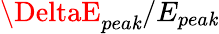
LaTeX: \DeltaE_{pea\mathit{k}}/E_{pea\mathit{k}}